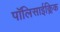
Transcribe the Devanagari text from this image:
पॉलिसाईक्लिक